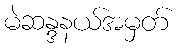
မဲဆန္ဒနယ်အမှတ်